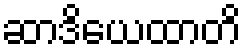
ဆာဒိယေထာတိ